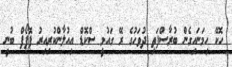
ހޮކޭ ހިމަނައިގެން ބުރާސްފަތި ދުވަހުގެ ރޭ ގައުމީ ސްކޮޑް އިއުލާންކުރިއިރު ޕޮޕޯފް ބުނީ